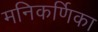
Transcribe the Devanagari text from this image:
मनिकर्णिका